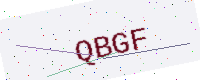
Text: QBGF